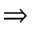
\Rightarrow